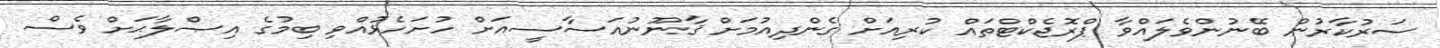
ސަރުކާރުން ބޭނުންވެލައްވާ ޕްރޮޖެކްޓްތައް ކުރިއަށް ގެންދިއުމަށް ޤާނޫނުއަސާސީއަށް ހުށަހެޅުއްވި ބިމުގެ އިޞްލާޙަށް ވެސް